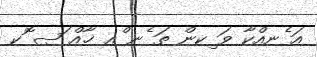
އަ ެނއްކާ ވަ ިކން ތަ ެނ ްއ ޚާއް ަޞ ޮކ